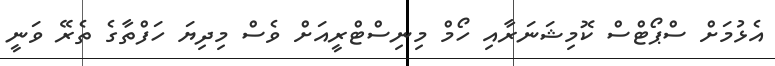
އެޅުމަށް ސްޕޯޓްސް ކޮމިޝަނަރާއި ހޯމް މިނިސްޓްރީއަށް ވެސް މިދިޔަ ހަފްތާގެ ތެރޭ ވަނީ